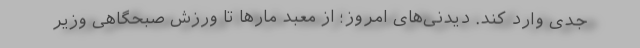
جدی وارد کند. دیدنی‌های امروز؛ از معبد مارها تا ورزش صبحگاهی وزیر